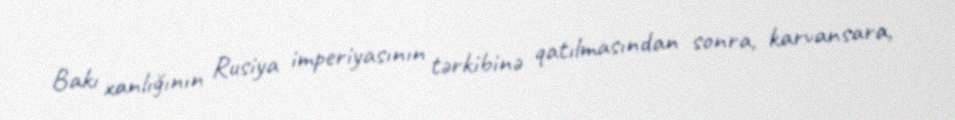
Bakı xanlığının Rusiya imperiyasının tərkibinə qatılmasından sonra, karvansara,